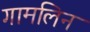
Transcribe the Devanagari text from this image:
गामलिन